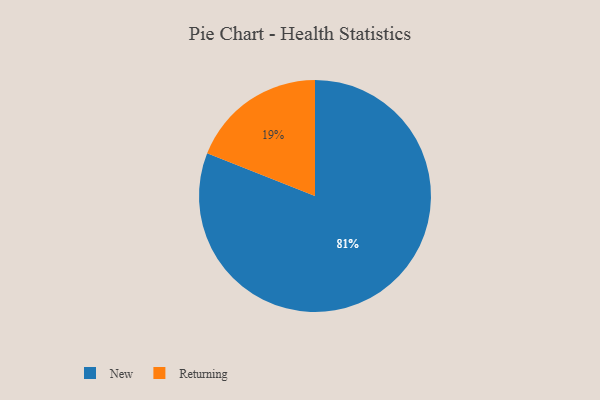
{"axis": {"x": "Category", "y": "Percentage"}, "legend": ["New", "Returning"], "data": [{"x": "Returning", "y": 19, "type": "Returning"}, {"x": "New", "y": 81, "type": "New"}]}